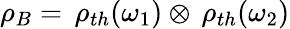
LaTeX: \rho_{B}=\, \rho_{th}(\omega_{1})\otimes\, \rho_{th}(\omega_{2})